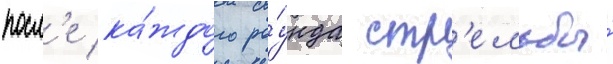
посл'е ка́ждого ра́унда стр'ельбы́